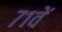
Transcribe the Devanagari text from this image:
७१वें